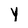
Character: Y